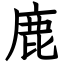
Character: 鹿